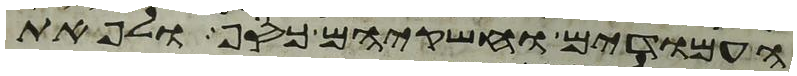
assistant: העמודים וחשקיהם כסף ולפאת